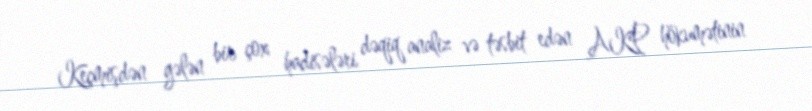
Keçmişdən gələn bir çox hadisələri dəqiq analiz və təsbit edən AKP hökumətinin